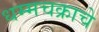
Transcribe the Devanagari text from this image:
धम्मचक्राचे